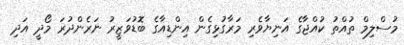
މުސްލިމް ތުއްތު ކުއްޖާގެ އަނިޔާވެރި މަރާގުޅިގެން އިންޑިއާގެ ބޮޑުވަޒީރު ނަރެންދުރަ މޯދީ އަދި